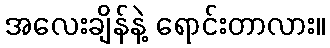
အလေးချိန်နဲ့ ရောင်းတာလား။